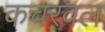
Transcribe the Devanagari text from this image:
कचरवल